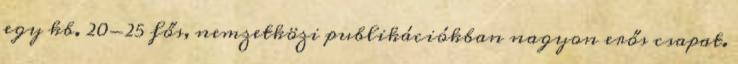
egy kb. 20-25 fős, nemzetközi publikációkban nagyon erős csapat.